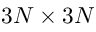
3 N \times 3 N